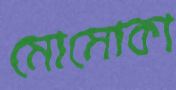
মোমোকা